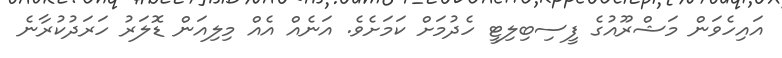
އައިހެވަން މަޝްރޫއުގެ ފީސިބިލިޓީ ހެދުމަށް ކަމަށެވެ. އަނެއް އެއް މިލިއަން ޑޮލަރު ހަރަދުކުރާނެ